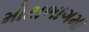
મોટાભાગમા